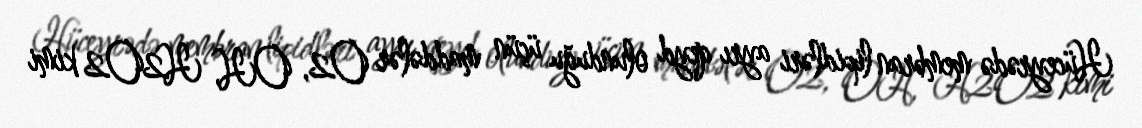
Hüceyrədə membran lipidləri ayrı qeyd olunduğu üçün maddələr O2, OH, H2O2 kimi